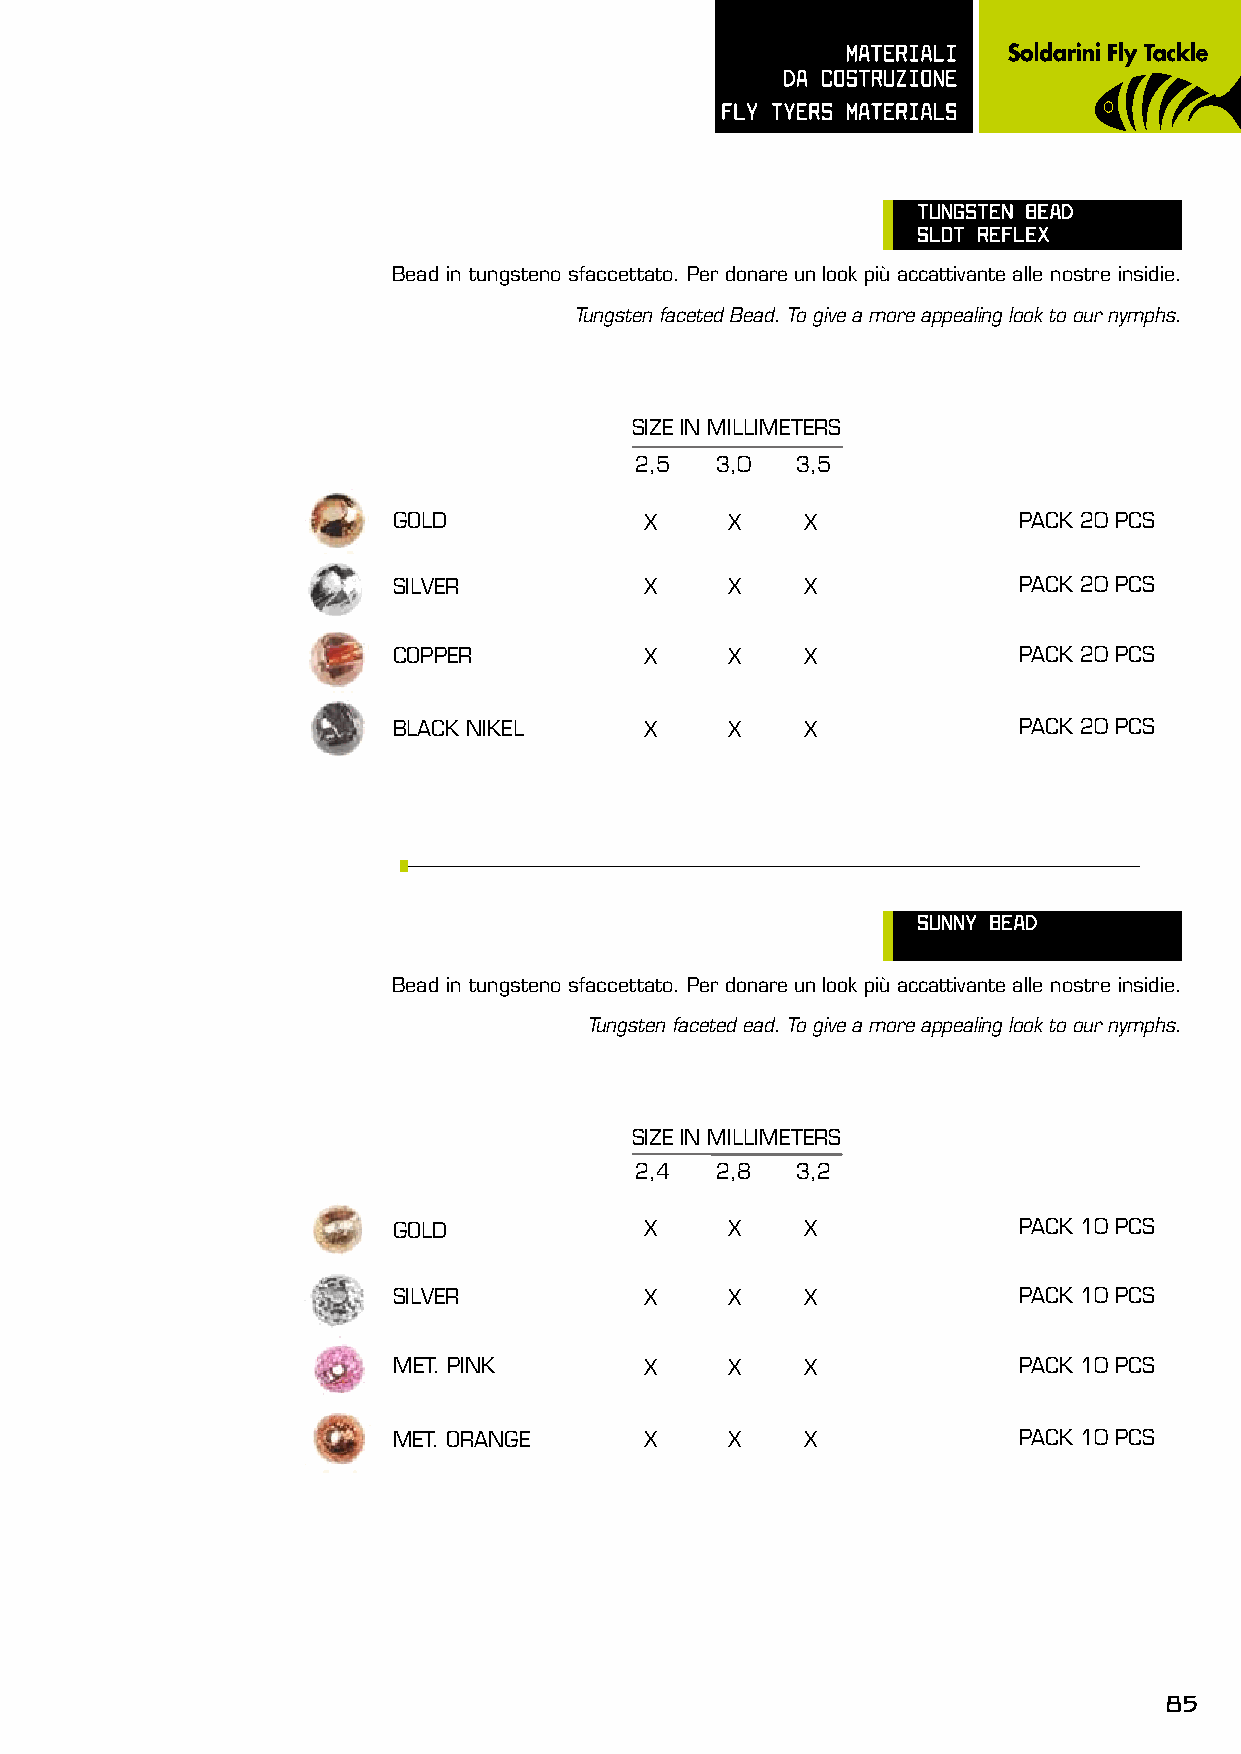
mATERIALI
 dA COsTRUzIOnE
 FLy TyERs mATERIALs
 TUnGsTEn BEAd
 sLOT REFLEX
 Bead in tungsteno sfaccettato. Per donare un look più accattivante alle nostre insidie.
 Tungsten faceted Bead. To give a more appealing look to our nymphs.
 SIZE IN MILLIMETERS
 2,5  3,0   3,5
 GOLD             X    X    X             PACK 20 PCS
 SILVER           X    X    X             PACK 20 PCS
 COPPER           X    X    X             PACK 20 PCS
 BLACK NIKEL      X    X    X             PACK 20 PCS
 sUnny BEAd
 Bead in tungsteno sfaccettato. Per donare un look più accattivante alle nostre insidie.
 Tungsten faceted ead. To give a more appealing look to our nymphs.
 SIZE IN MILLIMETERS
 2,4  2,8   3,2
 GOLD             X    X    X             PACK 10 PCS
 SILVER           X    X    X             PACK 10 PCS
 MET. PINK        X    X    X             PACK 10 PCS
 MET. ORANGE      X    X    X             PACK 10 PCS
 85